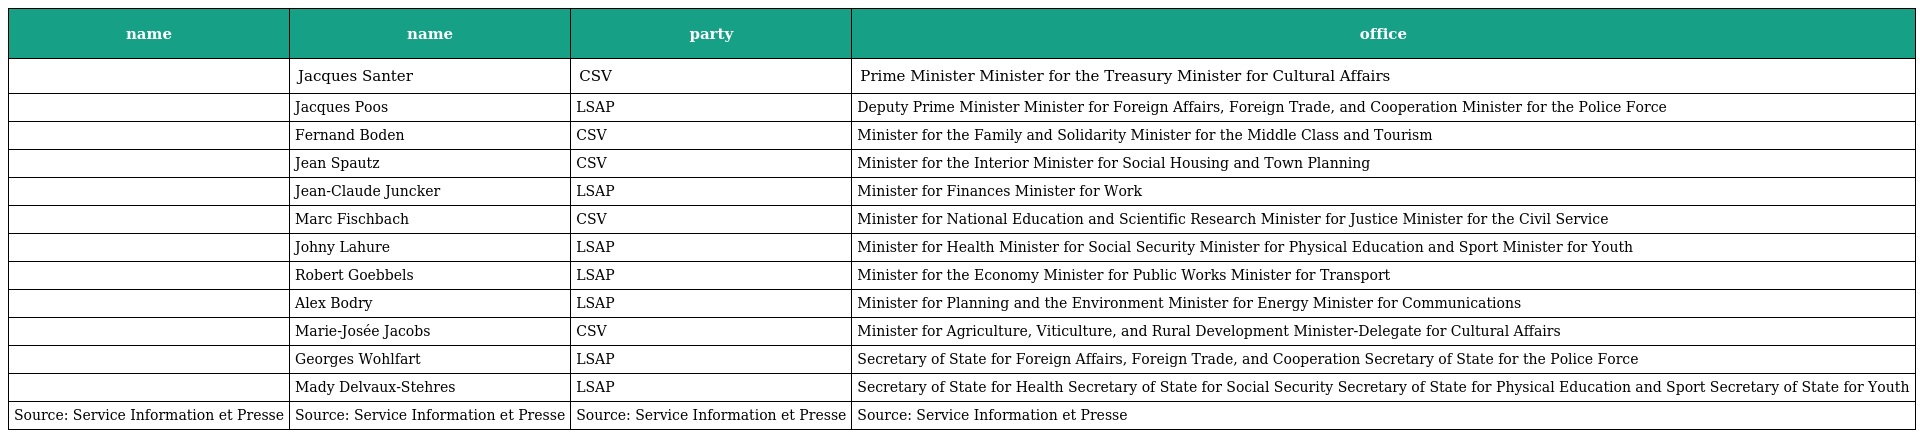
| name | name | party | office |
 | --- | --- | --- | --- |
 |  | Jacques Santer | CSV | Prime Minister Minister for the Treasury Minister for Cultural Affairs |
 |  | Jacques Poos | LSAP | Deputy Prime Minister Minister for Foreign Affairs, Foreign Trade, and Cooperation Minister for the Police Force |
 |  | Fernand Boden | CSV | Minister for the Family and Solidarity Minister for the Middle Class and Tourism |
 |  | Jean Spautz | CSV | Minister for the Interior Minister for Social Housing and Town Planning |
 |  | Jean-Claude Juncker | LSAP | Minister for Finances Minister for Work |
 |  | Marc Fischbach | CSV | Minister for National Education and Scientific Research Minister for Justice Minister for the Civil Service |
 |  | Johny Lahure | LSAP | Minister for Health Minister for Social Security Minister for Physical Education and Sport Minister for Youth |
 |  | Robert Goebbels | LSAP | Minister for the Economy Minister for Public Works Minister for Transport |
 |  | Alex Bodry | LSAP | Minister for Planning and the Environment Minister for Energy Minister for Communications |
 |  | Marie-Josée Jacobs | CSV | Minister for Agriculture, Viticulture, and Rural Development Minister-Delegate for Cultural Affairs |
 |  | Georges Wohlfart | LSAP | Secretary of State for Foreign Affairs, Foreign Trade, and Cooperation Secretary of State for the Police Force |
 |  | Mady Delvaux-Stehres | LSAP | Secretary of State for Health Secretary of State for Social Security Secretary of State for Physical Education and Sport Secretary of State for Youth |
 | Source: Service Information et Presse | Source: Service Information et Presse | Source: Service Information et Presse | Source: Service Information et Presse |